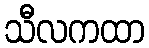
သီလကထာ